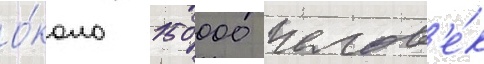
о́коло 150 000 челов'е́к